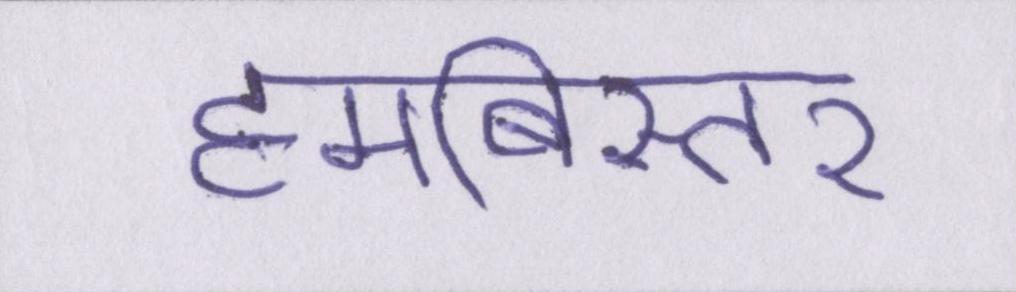
हमबिस्तर